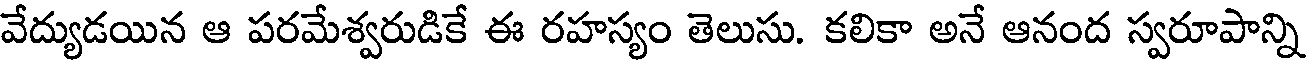
వేద్యుడయిన ఆ పరమేశ్వరుడికే ఈ రహస్యం తెలుసు. కలికా అనే ఆనంద స్వరూపాన్ని